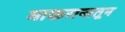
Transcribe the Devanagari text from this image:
माळरानातून